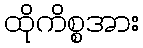
ထိုကိစ္စအား